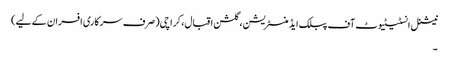
نیشنل انسٹیٹیوٹ آف پبلک ایڈمنسٹریشن، گلشن اقبال، کراچی(صرف سرکاری افسران کے لیے)
۔